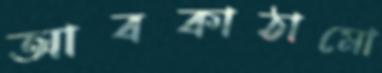
আবকাঠামো